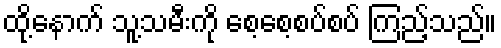
ထို့နောက် သူ့သမီးကို စေ့စေ့စပ်စပ် ကြည့်သည်။